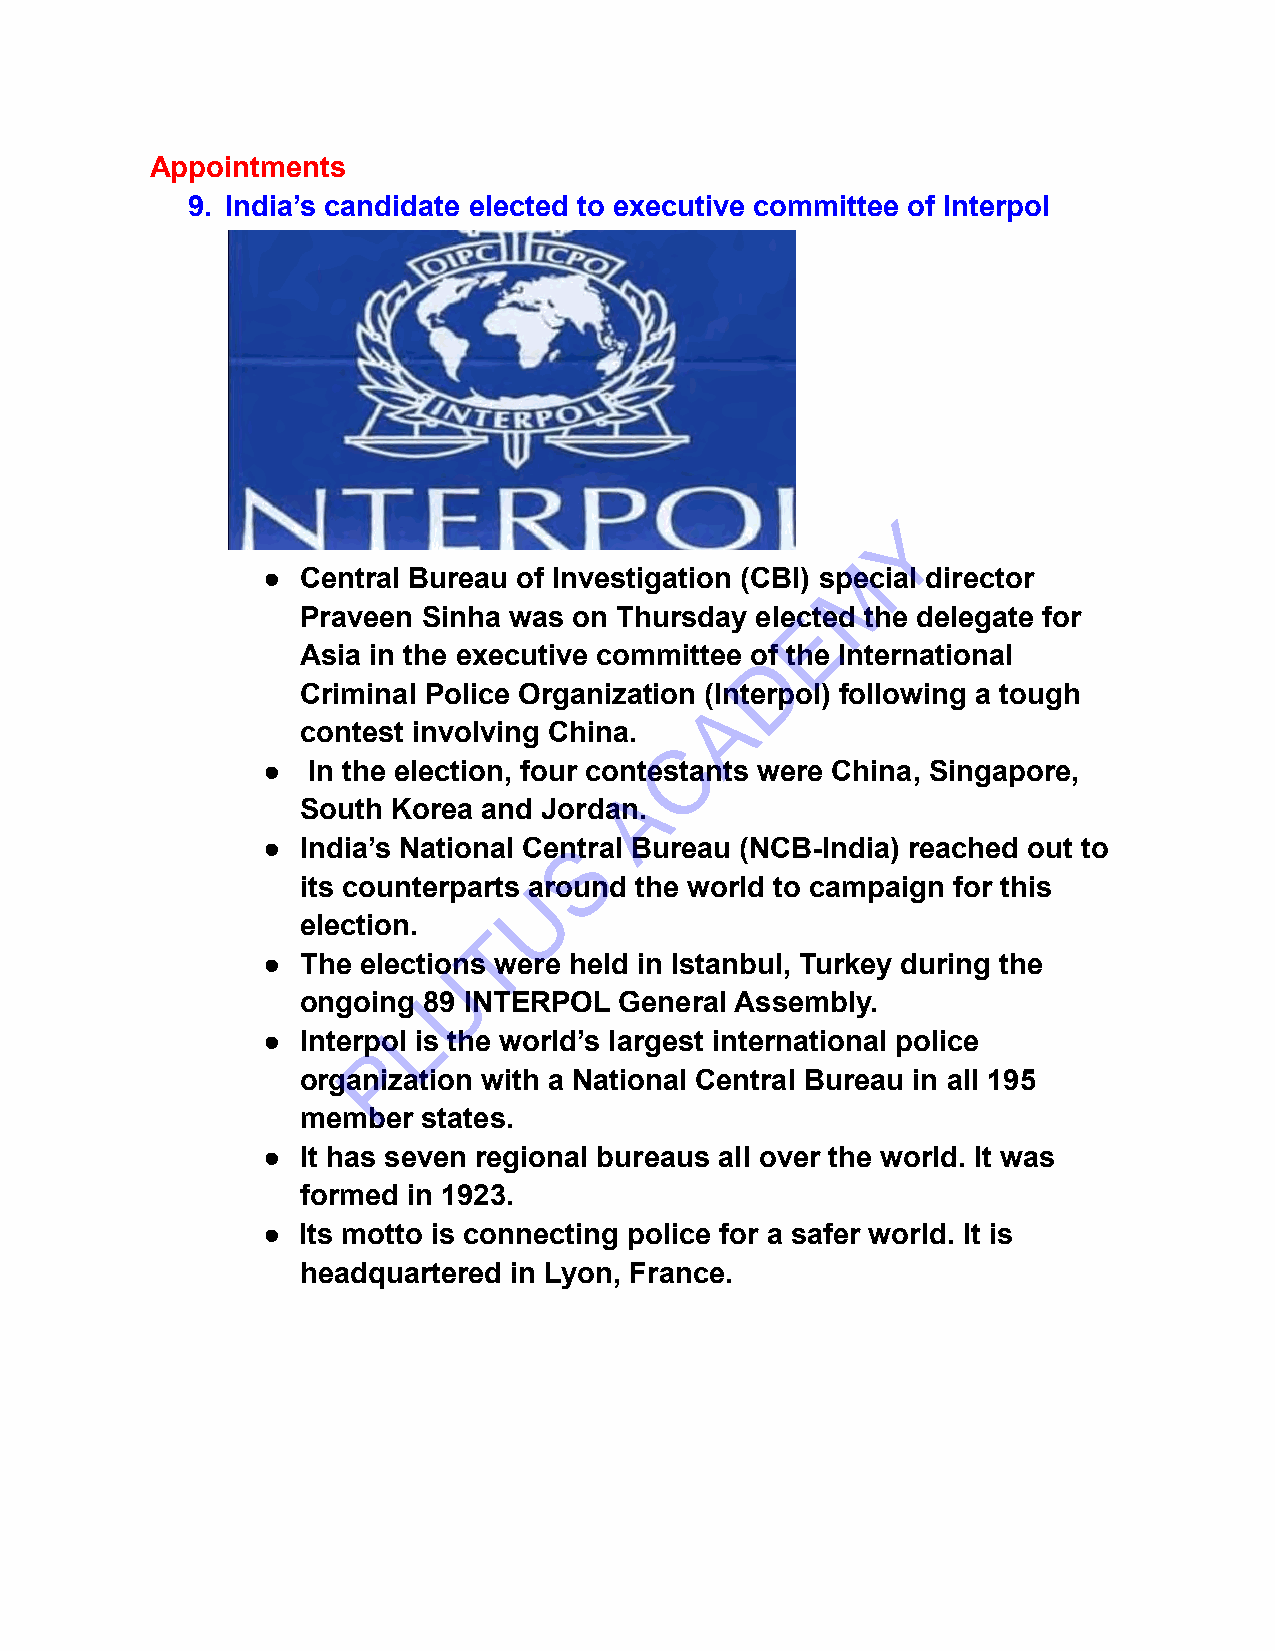
Appointments
 9. India’s candidate elected to executive committee of Interpol
 Y
 M
 ●  Central Bureau of Investigation (CBI) special director
 Praveen Sinha was on Thursday elecEted the delegate for
 Asia in the executive committee oDf the International
 Criminal Police Organization (Interpol) following a tough
 A
 contest involving China.
 C
 ●  In the election, four contestants were China, Singapore,
 A
 South Korea and Jordan.
 ●  India’s National CenStral Bureau (NCB-India) reached out to
 its counterparts Uaround the world to campaign for this
 election.   T
 ●  The electioUns were held in Istanbul, Turkey during the
 ongoing 89 INTERPOL  General Assembly.
 L
 ●  Interpol is the world’s largest international police
 P
 organization with a National Central Bureau in all 195
 member  states.
 ●  It has seven regional bureaus all over the world. It was
 formed in 1923.
 ●  Its motto is connecting police for a safer world. It is
 headquartered in Lyon, France.